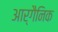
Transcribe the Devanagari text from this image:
आर्गैनिक